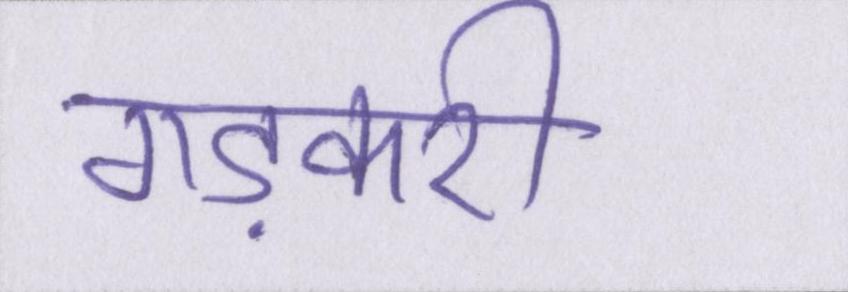
गड़करी